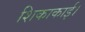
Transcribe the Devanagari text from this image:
शिकाकाई।